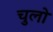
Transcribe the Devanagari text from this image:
चुलो